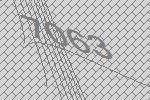
7063